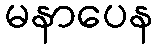
မနာပေန